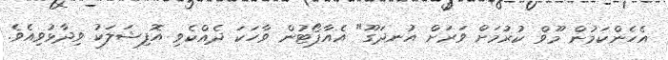
އެހެންކަމުން މޫވް ކުުރުމަށް ވަރަށް އުނދަގޫ" އެއާޕޯޓުން ވާހަކަ ދެއްކެވި އޮފިޝަލަކު ވިދާޅުވިއެވެ.